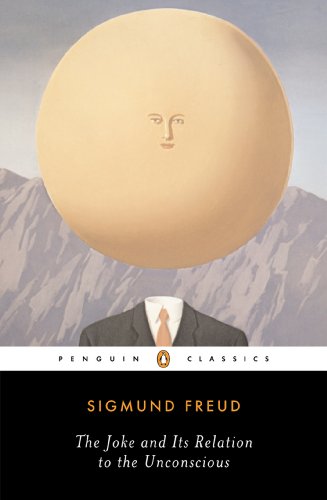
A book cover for The Joke and Its Relation to the Unconscious (Penguin Classics); Sigmund Freud; Humor & Entertainment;